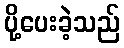
ပို့ပေးခဲ့သည်